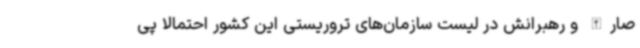
صارالله و رهبرانش در لیست سازمان‌های تروریستی این کشور احتمالا پی